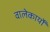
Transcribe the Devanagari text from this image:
वालेकार्यों